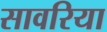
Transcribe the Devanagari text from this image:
सावरिया